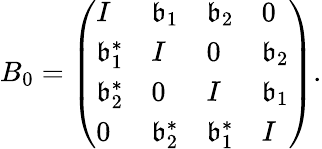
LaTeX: B_{0}=\left(\begin{array}{llll}{I}&{\mathfrak{b}_{1}}&{\mathfrak{b}_{2}}&{0}\\ {\mathfrak{b}_{1}^{*}}&{I}&{0}&{\mathfrak{b}_{2}}\\ {\mathfrak{b}_{2}^{*}}&{0}&{I}&{\mathfrak{b}_{1}}\\ {0}&{\mathfrak{b}_{2}^{*}}&{\mathfrak{b}_{1}^{*}}&{I}\end{array}\right).